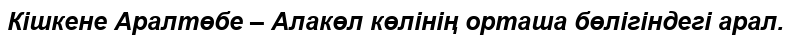
Кішкене Аралтөбе – Алакөл көлінің орташа бөлігіндегі арал.